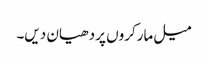
میل مارکروں پر دھیان دیں۔